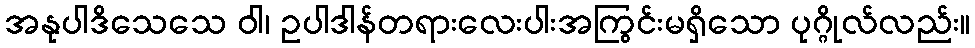
အနုပါဒိသေသေ ဝါ၊ ဥပါဒါန်တရားလေးပါးအကြွင်းမရှိသော ပုဂ္ဂိုလ်လည်း။